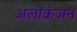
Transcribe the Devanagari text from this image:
अलोक्रंजन